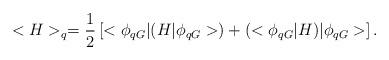
LaTeX: \begin{align*} <H>_q=\frac {1} {2} \left[<\phi_{qG}|(H|\phi_{qG}>)+(<\phi_{qG}|H)|\phi_{qG}>\right].\end{align*}